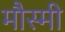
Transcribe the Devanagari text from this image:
मौस्मी